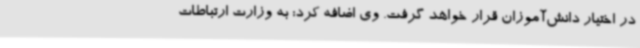
در اختیار دانش‌آموزان قرار خواهد گرفت. وی اضافه کرد: به وزارت ارتباطات